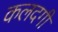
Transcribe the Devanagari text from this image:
कलदगी